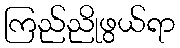
ကြည်ညိုဖွယ်ရာ